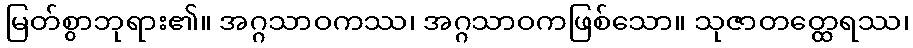
မြတ်စွာဘုရား၏။ အဂ္ဂသာဝကဿ၊ အဂ္ဂသာဝကဖြစ်သော။ သုဇာတတ္ထေရဿ၊